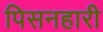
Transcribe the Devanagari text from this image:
पिसनहारी